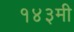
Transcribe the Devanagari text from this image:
१४३मी